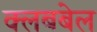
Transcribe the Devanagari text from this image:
क्लबबेल